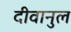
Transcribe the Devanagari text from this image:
दीवानुल